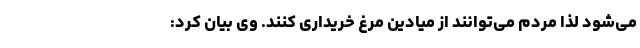
می‌شود لذا مردم می‌توانند از میادین مرغ خریداری کنند. وی بیان کرد: